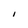
Character: I